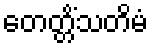
တေတ္တိံသတိမံ